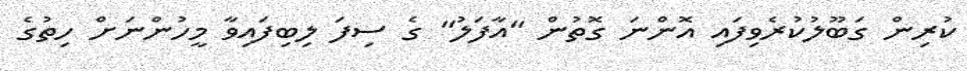
ކުރިން ގަބޫލުކުރެވިފައި އޮންނަ ގޮތުން "އާފަލު" ގެ ސިފަ ލިބިފައިވާ މީހުންނަށް ހިތުގެ